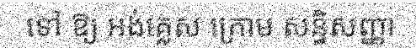
ទៅ ឱ្យ អង់គ្លេស ក្រោម សន្ធិសញ្ញា